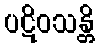
ပဋိဝသန္တိ